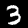
Digit: 3